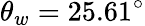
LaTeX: \theta_{w}=25.61^{\circ}